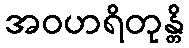
အဝဟရိတုန္တိ